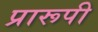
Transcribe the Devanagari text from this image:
प्रारूपी